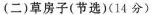
(二)草房子(节选)(14分)